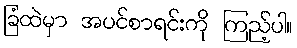
ခြံထဲမှာ အပင်စာရင်းကို ကြည့်ပါ။